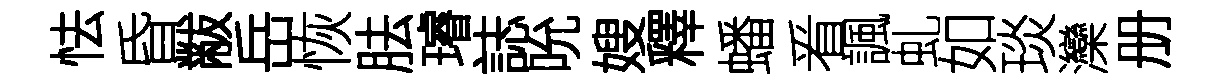
怯昏黻岳恢胠璿誌吮嫂釋蟠㸔諷虬如琰灤册